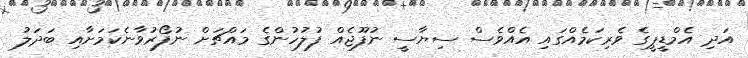
އަދި އެމްޑީޕީގެ ވެރިކަމެއްގައި އެއްވެސް ސިޔާސީ ނުފޫޖެއް ފުލުހުންގެ މައްޗަށް ނުފޯރުވާނެކަމަށާއި ބަދަލު